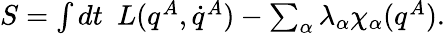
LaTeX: \begin{array}{r}{S=\int dt~~L(q^{A},\dot{q}^{A})-\sum_{\alpha}\lambda_{\alpha}\chi_{\alpha}(q^{A}).}\end{array}